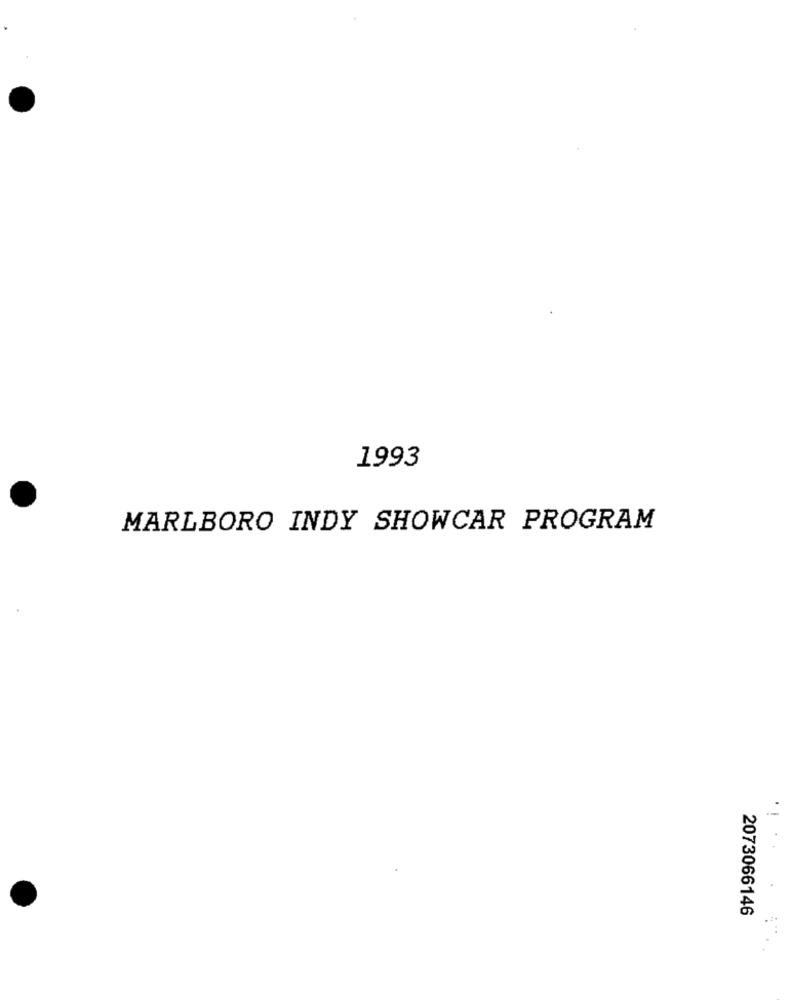
1993
MARLBORO INDY SHOWCAR PROGRAM
2073066146